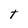
Character: t